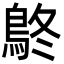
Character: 鴤